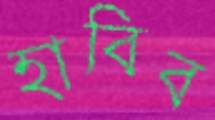
হাবিব